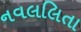
નવલલિતા